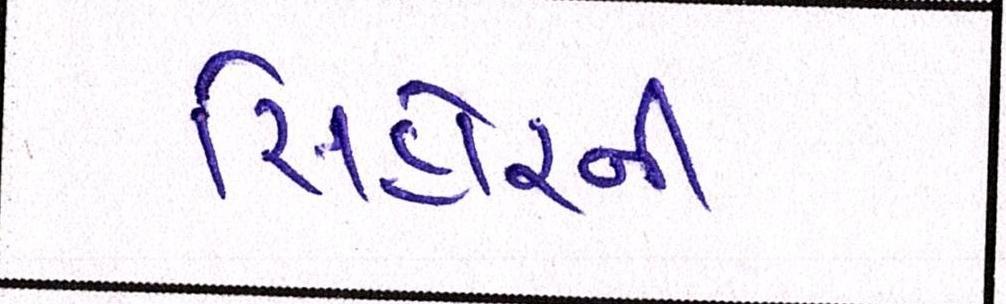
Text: સિહોરની